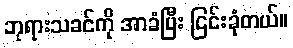
ဘုရားသခင်ကို အာခံပြီး ငြင်းခုံတယ်။